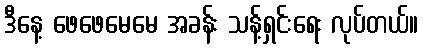
ဒီနေ့ ဖေဖေမေမေ အခန်း သန့်ရှင်းရေး လုပ်တယ်။